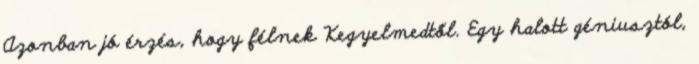
Azonban jó érzés, hogy félnek Kegyelmedtől. Egy halott géniusztól,